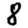
Digit: 8